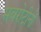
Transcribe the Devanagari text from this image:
सबरोटीनों